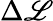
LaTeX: \Delta\mathscr{L}